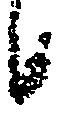
候